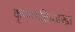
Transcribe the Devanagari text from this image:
कृष्णभक्तिशाखा